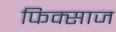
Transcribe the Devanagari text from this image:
फिक्साज